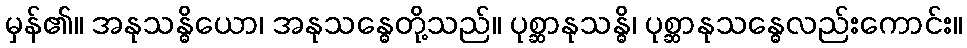
မှန်၏။ အနုသန္ဓိယော၊ အနုသန္ဓေတို့သည်။ ပုစ္ဆာနုသန္ဓိ၊ ပုစ္ဆာနုသန္ဓေလည်းကောင်း။